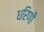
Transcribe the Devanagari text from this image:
धरिणी